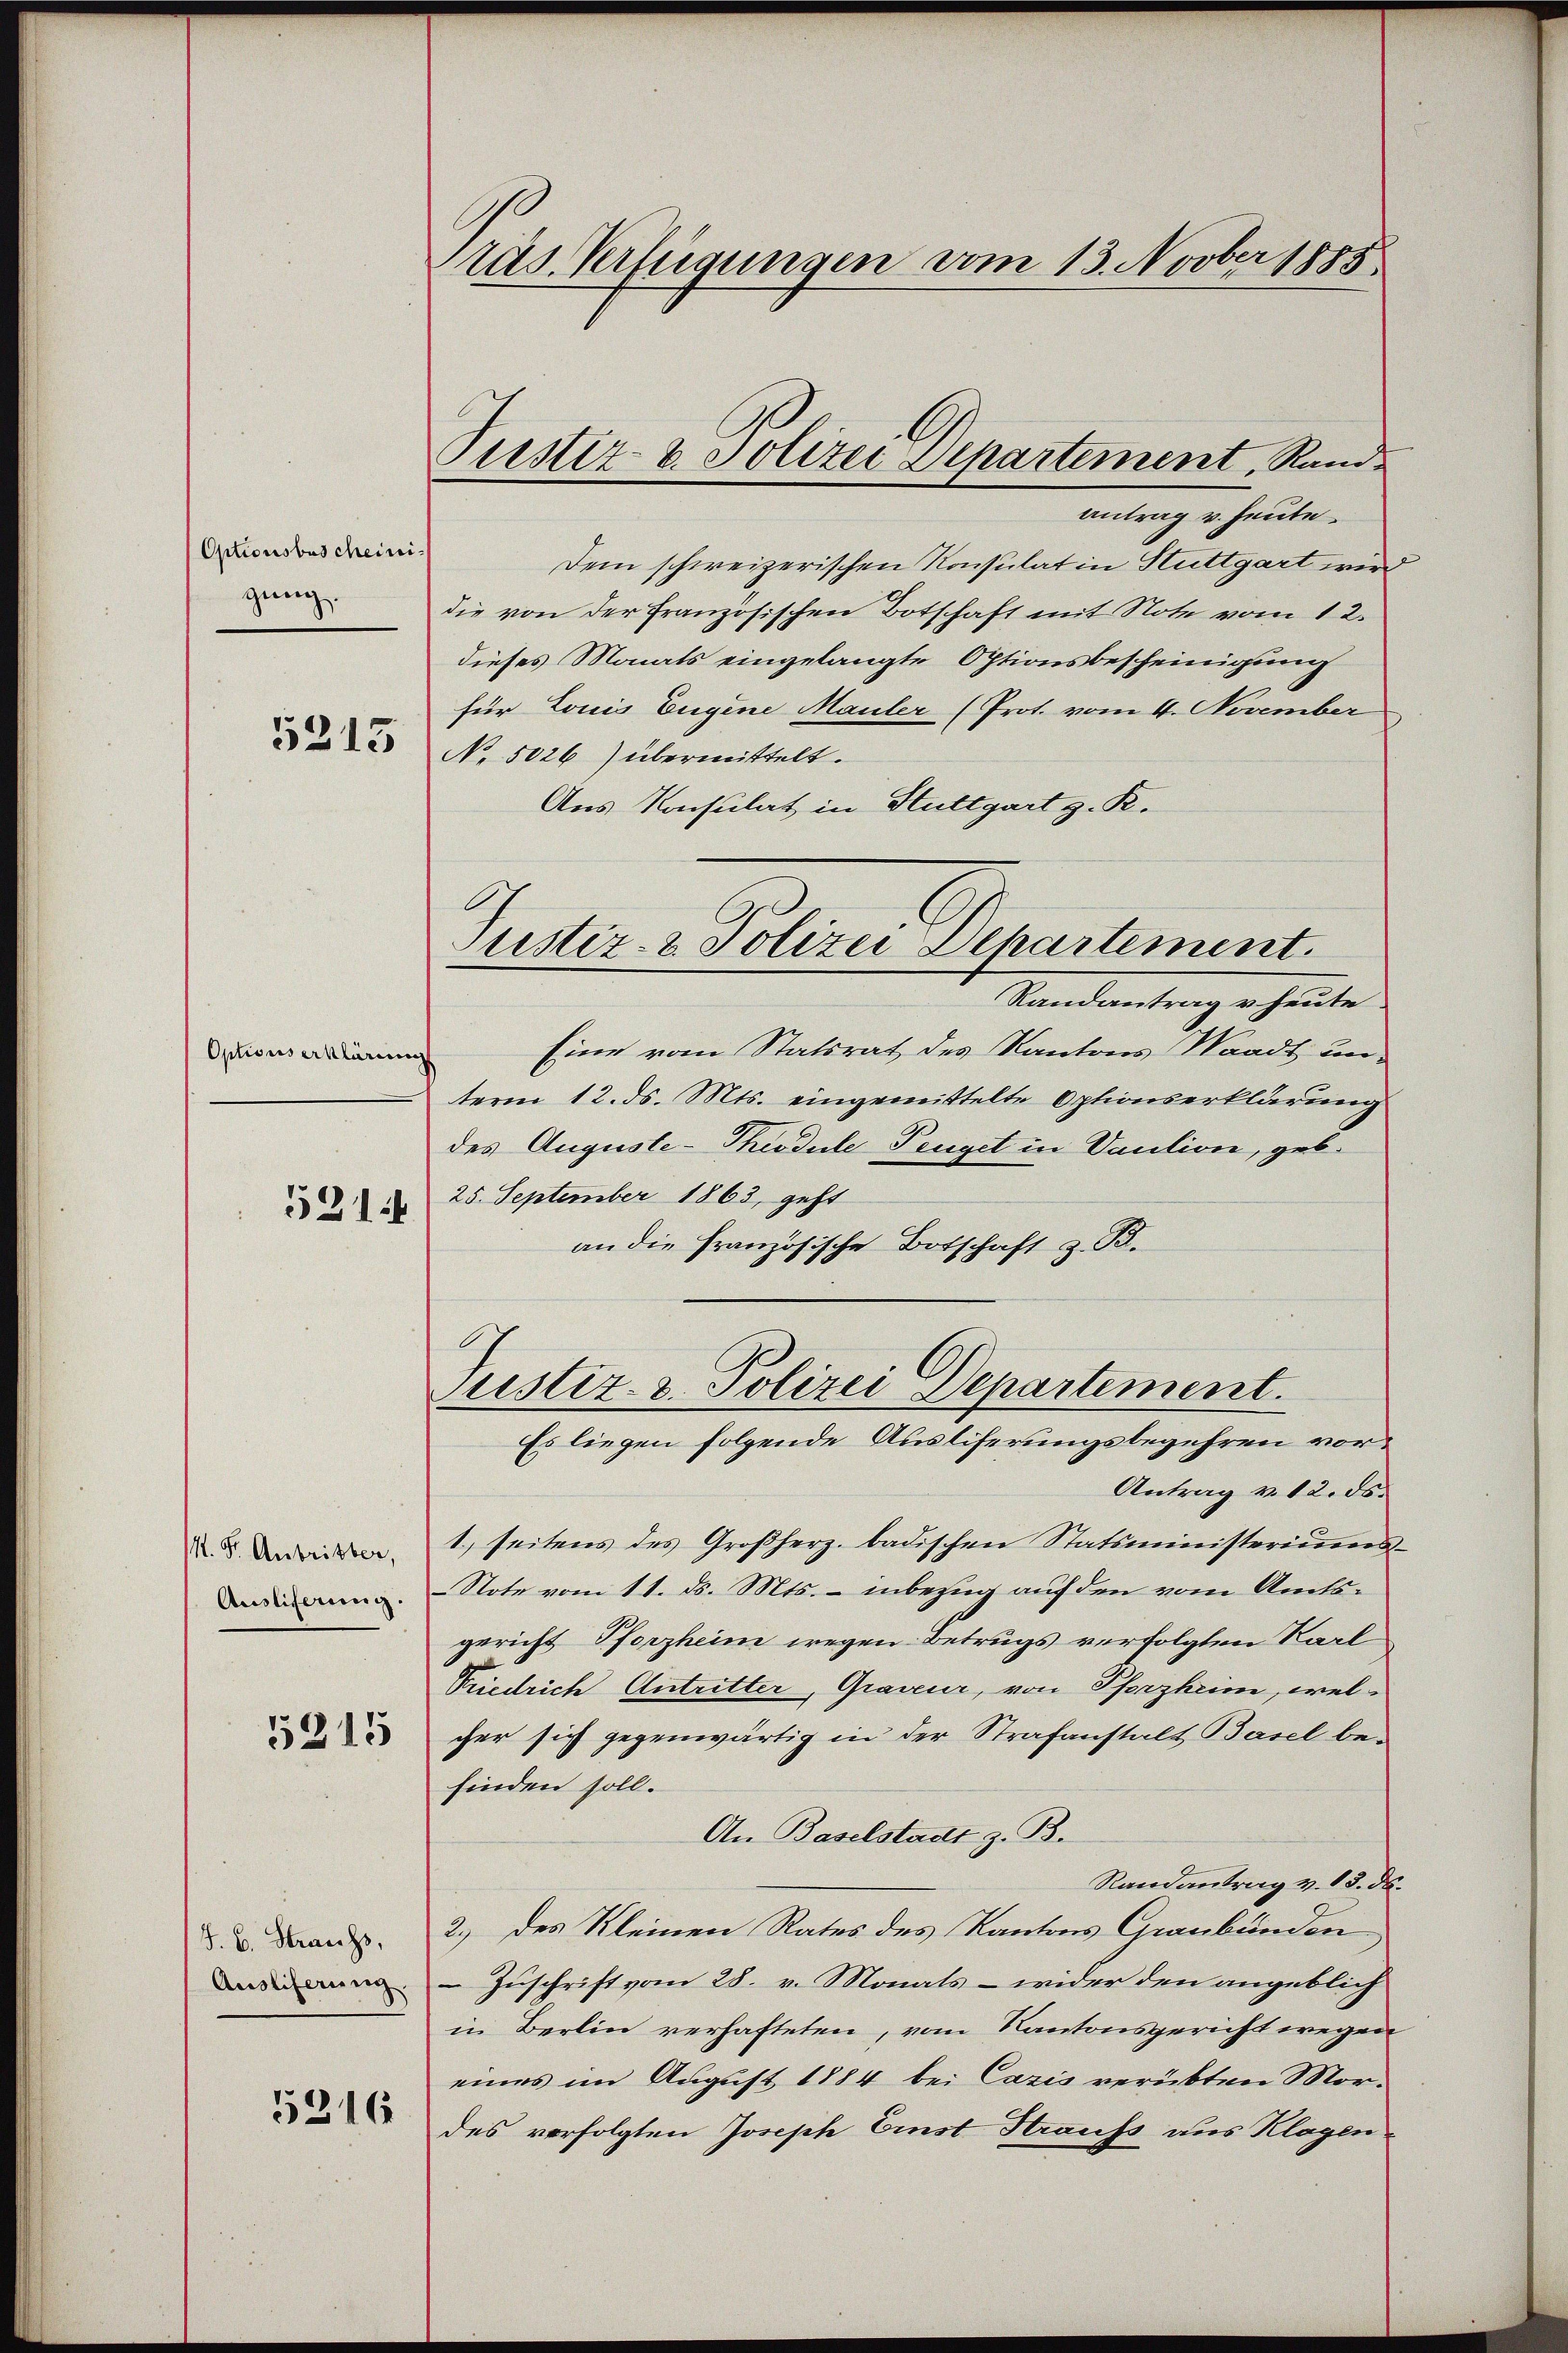
Optionsbescheinigung

5215

Optionserklärum

5214

M. Fr. Anbritter,
Ausliferung.

5315

J. B. Strangs,
Ausliferung.

5316

räs. Verfügungen vom 13. Novber 1885

Justiz- u. Polizei Departement, Rand¬

antrag v. heute
Dem schweizerischen Konsulat in Stuttgart wird
die von der französischen Botschaft mit Note vom 12.
dieses Monats eingelangte Optionsbescheinigung
für Louis Eugene Mauler (Prot. vom 4. November
No 5026) übermittelt.
Aus Konsulat in Stuttgart z. R.
Randantrag u. heute
Eine vom Statsrat des Kantons Waadt unterm 12. ds. Mts. eingemittelte Optionserklärung
des Auguste-Thiodule Penget in Vaution, geb.
25. September 1863, geht
an die französische Botschaft z. B.
Justiz- & Polizei Departement.
Es liegen folgende Auslieferungsbegehren vor¬
Antrag v. 12. ds.
1. seitens des Großherz. badischen Statsministeriums-
Note vom 11. ds. Mts. – inbezug auf den vom Amtsgericht Pforzheim wegen Betrugs verfolgten Karl
Friedrich Antritter, Graveur, von Pforzheim, welcher sich gegenwärtig in der Strafanstalt Basel befinden soll.
An Baselstadt z. B.
Randantrag v. 13. ds.
2.) des Kleinen Rates des Kantons Graubünden
Zuschrift vom 28. v. Monats - wider den angeblich
in Berlin verhafteten, vom Kantonsgericht wegen
eines im August 1884 bei Cazis verübten Mordes verfolgten Joseph Einst Straufs aus Klagen

Justiz- & Polizei Departement.